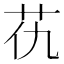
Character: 𦬖